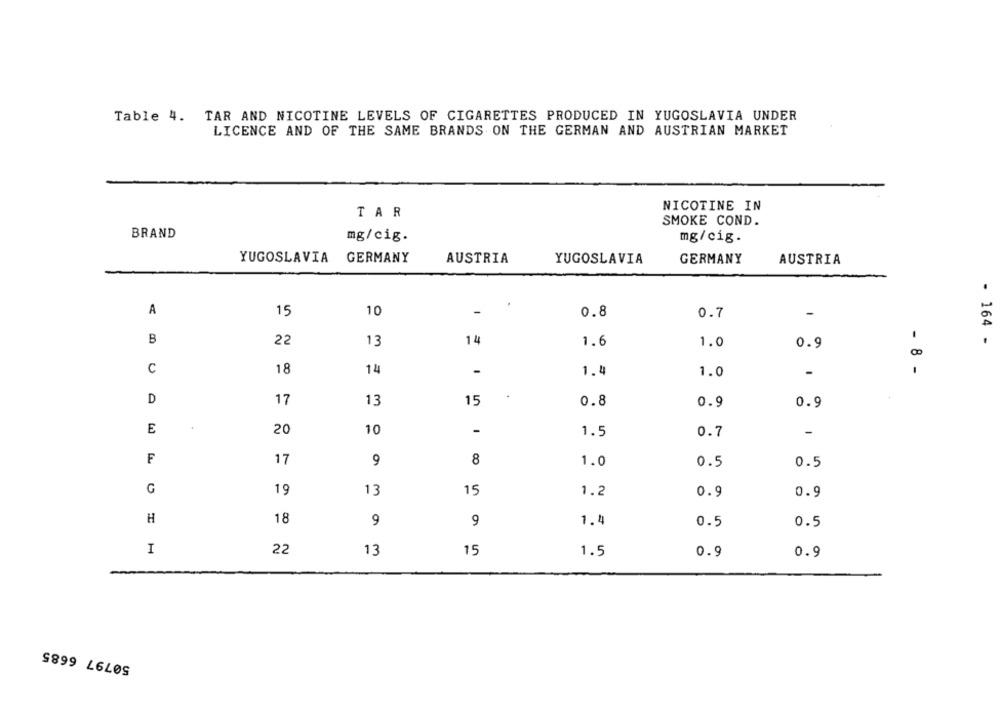
Table 4. TAR AND NICOTINE LEVELS OF CIGARETTES PRODUCED IN YUGOSLAVIA UNDER
LICENCE AND OF THE SAME BRANDS ON THE GERMAN AND AUSTRIAN MARKET
NICOTINE IN
TAR
SMOKE COND.
BRAND
mg/cig.
mg/cig.
YUGOSLAVIA
GERMANY
AUSTRIA
YUGOSLAVIA
GERMANY
AUSTRIA
A
15
10
-
0.8
0.7
-
B
22
13
14
- 164 -
1.6
1.0
0.9
C
18
14
-
-
8 -
1.4
1.0
D
17
13
15
0.8
0.9
0.9
E
20
10
-
1.5
0.7
-
F
17
9
8
1.0
0.5
0.5
G
19
13
15
1.2
0.9
0.9
H
18
1.4
9
9
0.5
0.5
I
22
13
15
1.5
0.9
0.9
50797 6685